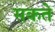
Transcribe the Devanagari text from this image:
सकते